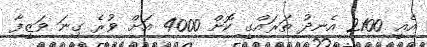
އެއީ 2100 އެނދު ތަރައްގީ ކޮށް 4000 އަށް ވުރެ ގިނަ ވަޒީފާ